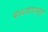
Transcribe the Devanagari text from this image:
मध्ध्यापासुन